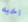
اخيه